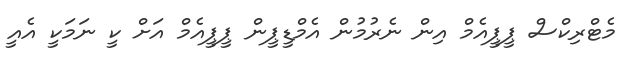
މެޓްރިކްސް ޕީޕީއެމް އިން ނެރުމުން އެމްޑީޕީން ޕީޕީއެމް އަށް ކީ ނަމަކީ އެއީ